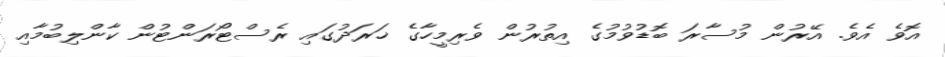
އޮވެ އެވެ. އޭރުން މުސާރަ ބޮޑުވުމުގެ އިތުރުން ވެރިމީހާގެ ޚަރަދުގައި ރެސްޓޯރަންޓުން ކާންލިބުމާއި